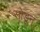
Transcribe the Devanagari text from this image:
सोडून्